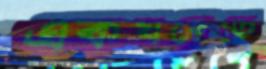
একঘরেতে